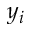
y _ { i }